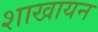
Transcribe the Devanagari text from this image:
शाखायन